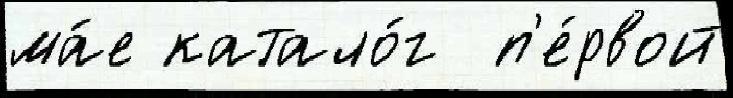
ма́е катало́г  п'е́рвой